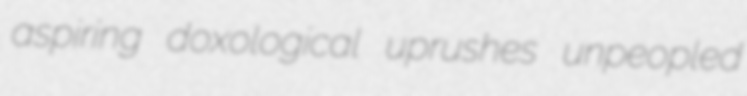
aspiring doxological uprushes unpeopled